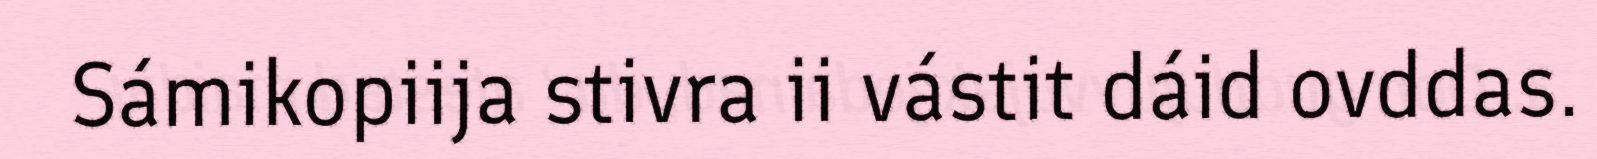
Sámikopiija stivra ii vástit dáid ovddas.